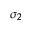
\sigma _ { 2 }